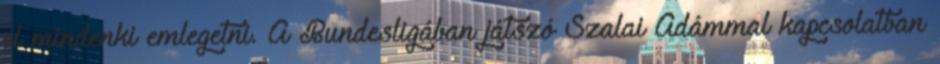
el mindenki emlegetni. A Bundesligában játszó Szalai Ádámmal kapcsolatban